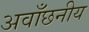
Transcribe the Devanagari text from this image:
अवाँछनीय